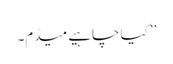
’’ کیا چاہیے میڈم۔